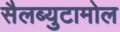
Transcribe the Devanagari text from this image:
सैलब्युटामोल